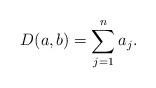
LaTeX: \begin{align*}D(a,b)=\sum_{j=1}^n a_j.\end{align*}